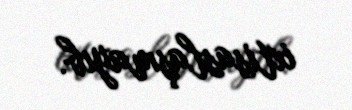
ixtisaslaşmayıb.